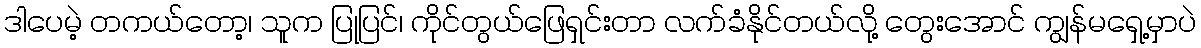
ဒါပေမဲ့ တကယ်တော့၊ သူက ပြုပြင်၊ ကိုင်တွယ်ဖြေရှင်းတာ လက်ခံနိုင်တယ်လို့ တွေးအောင် ကျွန်မရှေ့မှာပဲ